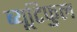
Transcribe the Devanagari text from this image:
ब्यूटिफुल